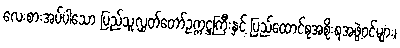
လေးစားအပ်ပါသော ပြည်သူ့လွှတ်တော်ဥက္ကဋ္ဌကြီးနှင့် ပြည်ထောင်စုအစိုးရအဖွဲ့ဝင်များ၊